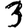
Digit: 3